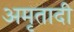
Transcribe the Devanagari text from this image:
अमृतादी